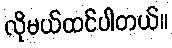
လိုမယ်ထင်ပါတယ်။